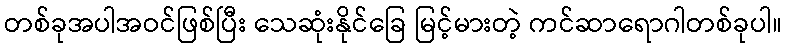
တစ်ခုအပါအဝင်ဖြစ်ပြီး သေဆုံးနိုင်ခြေ မြင့်မားတဲ့ ကင်ဆာရောဂါတစ်ခုပါ။